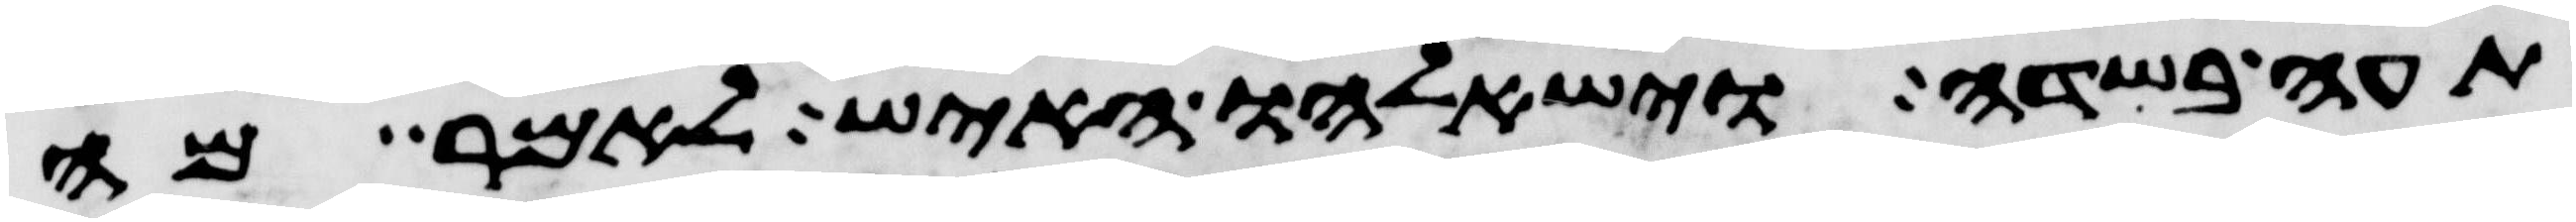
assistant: תעה בשדה וישאלהו האיש לאמר מה